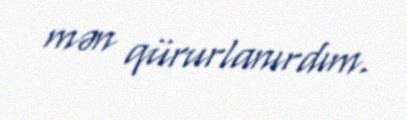
mən qürurlanırdım.